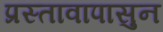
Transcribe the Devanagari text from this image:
प्रस्तावापासुन